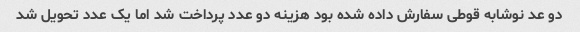
دو عد نوشابه قوطی سفارش داده شده بود هزینه دو عدد پرداخت شد اما یک عدد تحویل شد